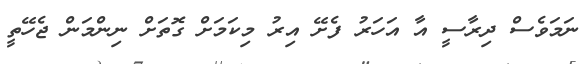
ނަމަވެސް ދިރާސީ އާ އަހަރު ފެށޭ އިރު މިކަމަށް ގޮތަށް ނިންމަން ޖެހޭތީ